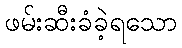
ဖမ်းဆီးခံခဲ့ရသော